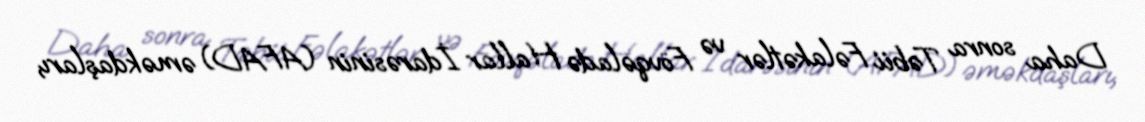
Daha sonra Təbii Fəlakətlər və Fövqəladə Hallar İdarəsinin (AFAD) əməkdaşları,